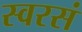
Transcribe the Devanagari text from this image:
स्वरसं